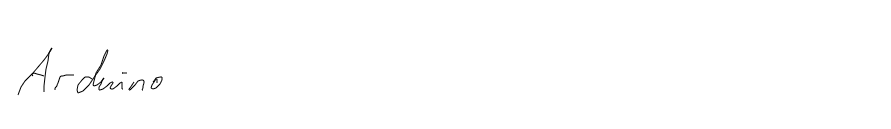
Arduino